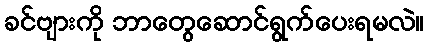
ခင်ဗျားကို ဘာတွေဆောင်ရွက်ပေးရမလဲ။